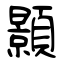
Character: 顥